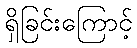
ရှိခြင်းကြောင့်